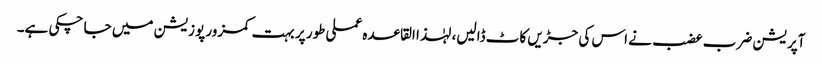
آپریشن ضرب عضب نے اس کی جڑیں کاٹ ڈالیں، لہٰذا القاعدہ عملی طور پر بہت کمزور پوزیشن میں جا چکی ہے۔